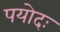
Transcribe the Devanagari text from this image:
पयोदः